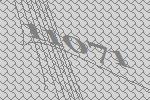
11071